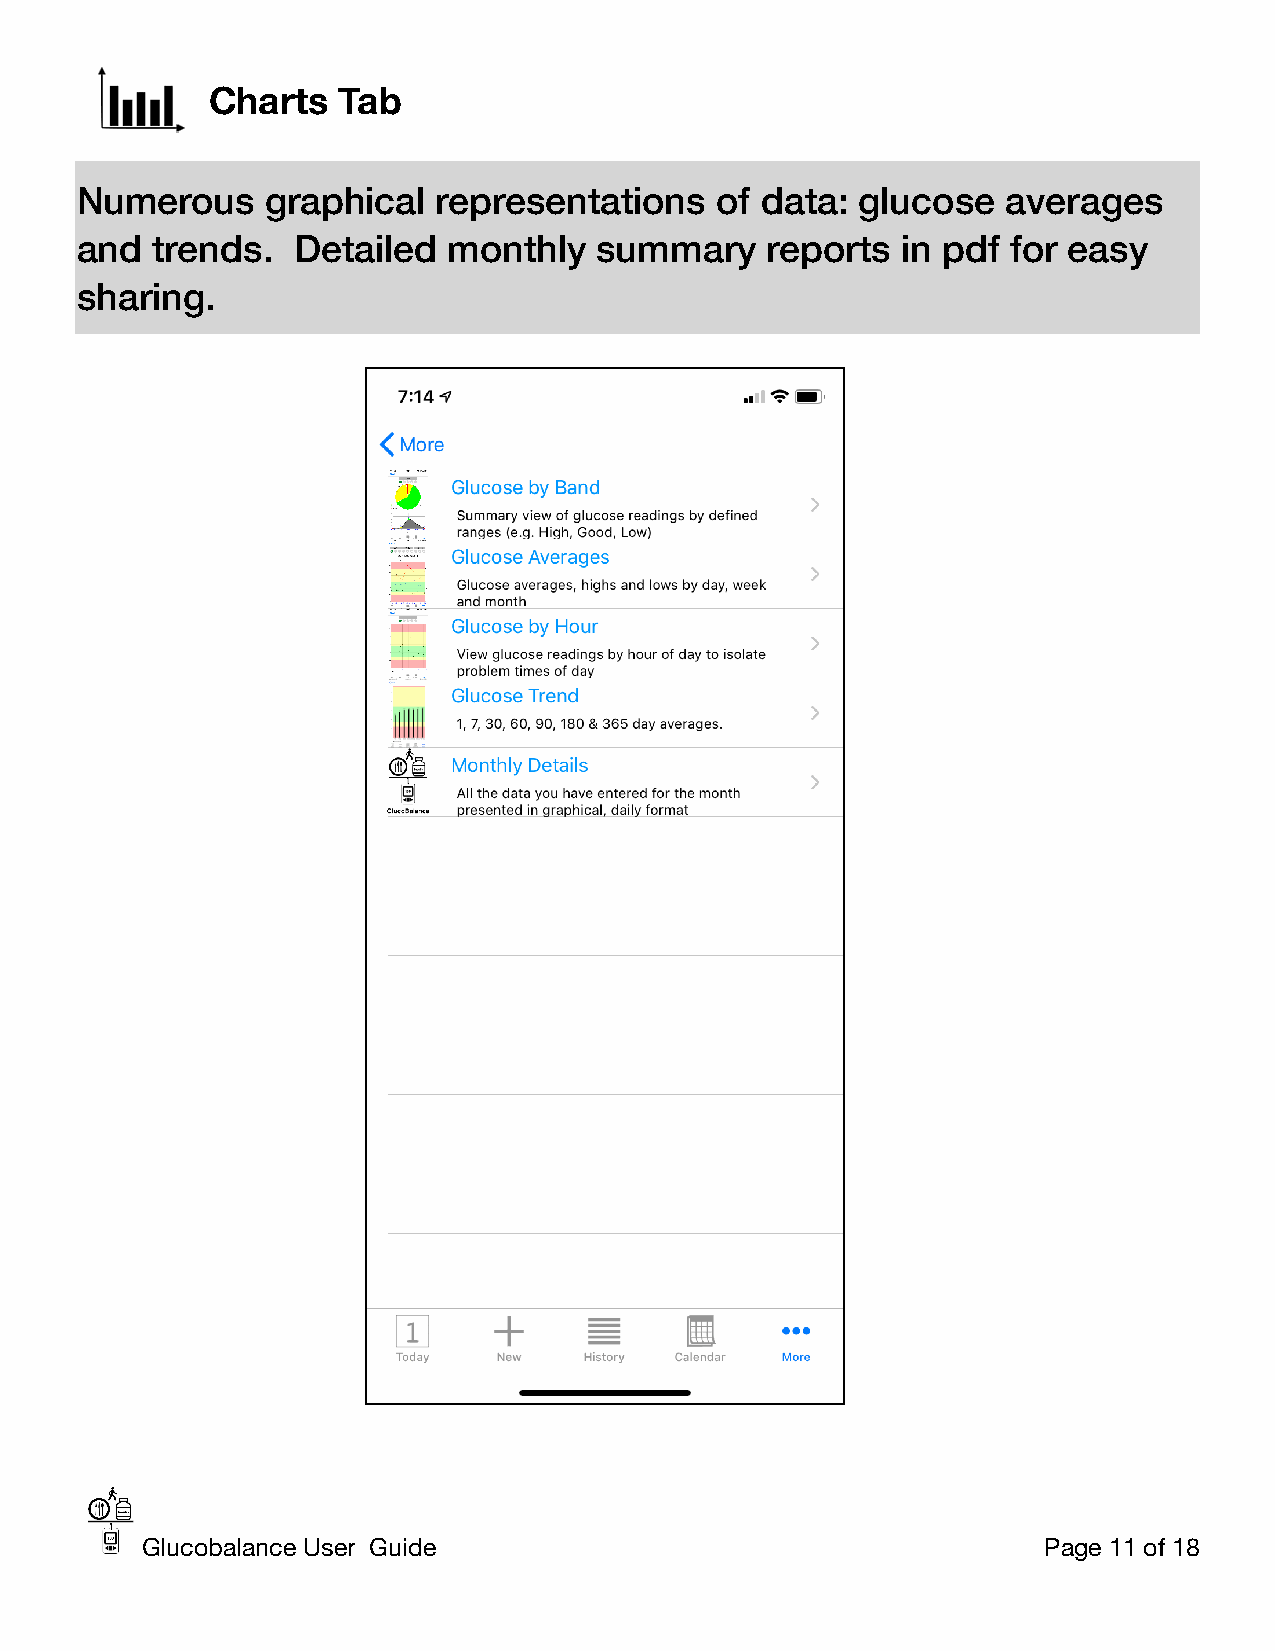
Charts  Tab
 Numerous     graphical  representations   of data:  glucose   averages
 and  trends.  Detailed   monthly   summary    reports  in pdf for easy
 sharing.
 Glucobalance User Guide                                     Page 11 of 18